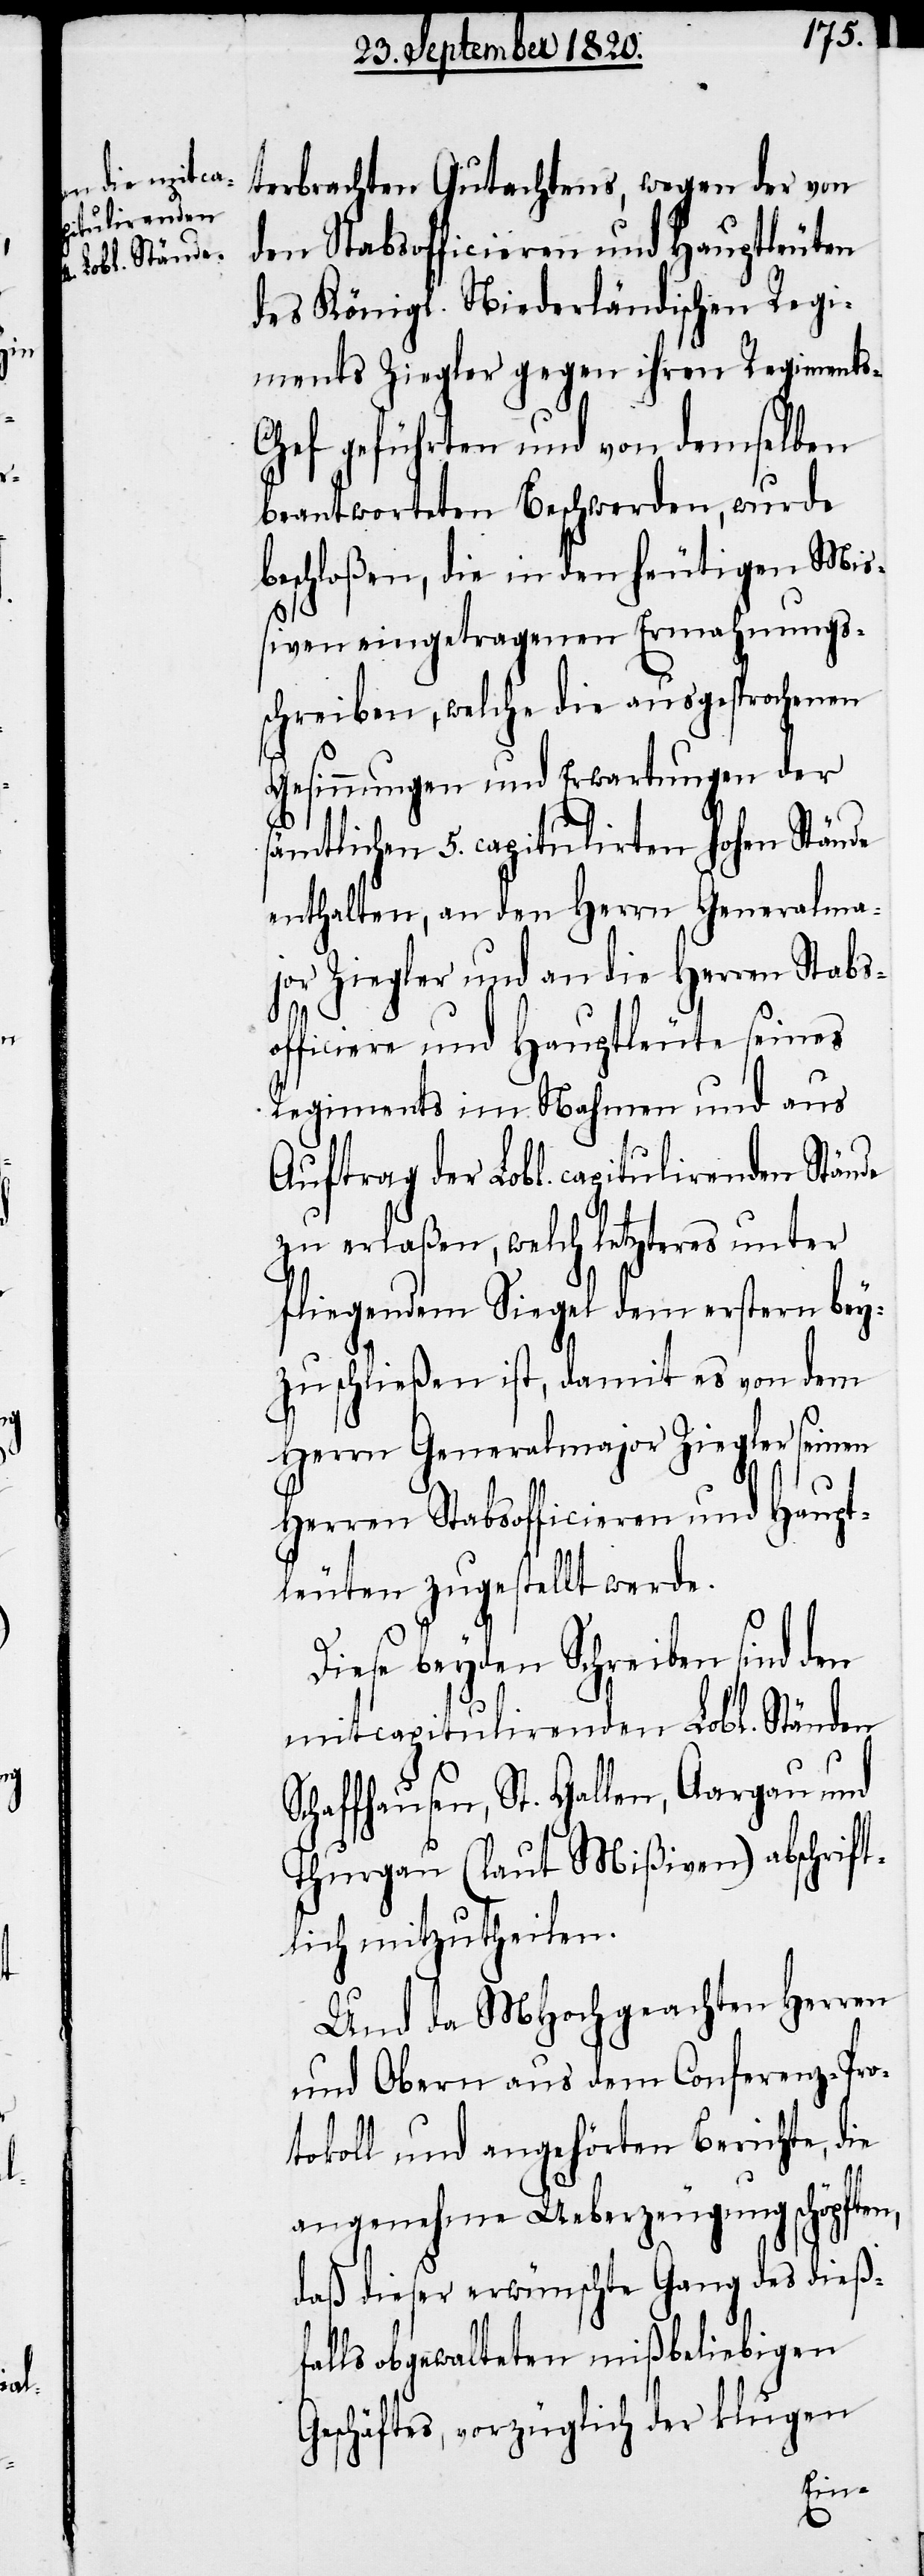
terbrachten Gutachtens, wegen der von
den Stabsofficieren und Hauptleuten
des Königl. Niederländischen Regi¬
ments Ziegler gegen ihren Regiment¬
hef geführten und von demselben
beantworteten Beschwerden, wurde
beschloßen, die in den heutigen Mi¬
ßiven eingetragenen Ermahnungs¬
schreiben, welche die ausgesprochenen
Gesinnungen und Erwartungen der
sämtlichen 5. capitulirten hohen Stände
enthalten, an den Herrn Generalma¬
jor Ziegler und an die Herren Stabs¬
officiere und Hauptleute seines
Regiments im Nahmen und aus
Auftrag der Lobl. capitulirenden Stände
zu erlaßen, welch letzteres unter
fliegenden Siegel dem erstern bey¬
zuschließen ist, damit es von dem
Herrn Generalmajor Ziegler seinen
Herren Stabsofficieren und Haupt¬
leuten zugestellt werde.
s-C¬
Diese beyden Schreiben sind den
mitcapitulirenden Lobl. Ständen
Schaffhausen, St. Gallen, Aargau und
Thurgau (laut Mißiven) abschrift¬
lich mitzutheilen.
Und da MHochgeachten Herren
und Obern aus dem Conferenz-Pro¬
tokoll und angehörten Berichte, die
angenehme Ueberzeugung schöpften,
daß dieser erwünschte Gang des dieß¬
falls abgewalteten mißbeliebigen
Geschäftes, vorzüglich der klugen